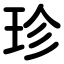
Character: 珍